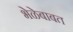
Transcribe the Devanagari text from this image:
भेळेबाबत